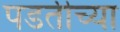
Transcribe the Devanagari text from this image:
पडतीच्या